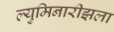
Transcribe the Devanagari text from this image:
ल्युमिनारीझला